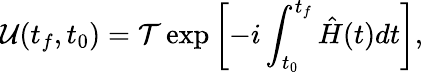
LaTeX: \mathcal{U}(t_{f},t_{0})=\mathcal{T}\exp\left[-i\int_{t_{0}}^{t_{f}}\hat{H}(t)dt\right],